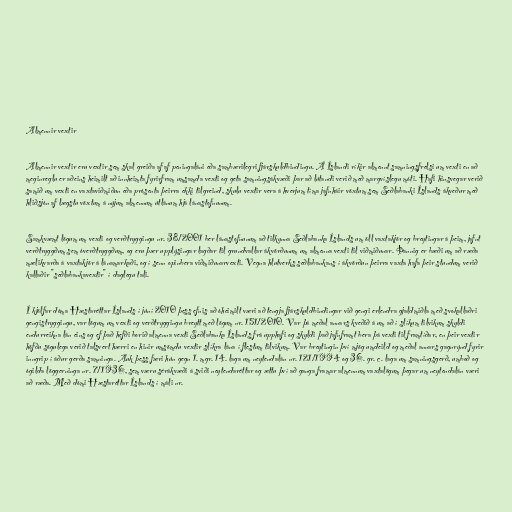
Almennir vextir

Almennir vextir eru vextir sem skal greiða af af peningaláni eða sambærilegri fjárskuldbindingu. Á Íslandi ríkir almennt samningsfrelsi um vexti en að
meginreglu er aðeins heimilt að innheimta fyrirfram umsamda vexti og geta samningsákvæði þar að lútandi verið með margvíslegu móti. Hafi hinsvegar verið
samið um vexti en vaxtaviðmiðun eða prósenta þeirra ekki tilgreind, skulu vextir vera á hverjum tíma jafnháir vöxtum sem Seðlabanki Íslands ákveður með
hliðsjón af lægstu vöxtum á nýjum almennum útlánum hjá lánastofnunum.

Samkvæmt lögum um vexti og verðtryggingu nr. 38/2001 ber lánastofnunum að tilkynna Seðlabanka Íslands um öll vaxtakjör og breytingar á þeim, jafnt
verðtryggðum sem óverðtryggðum, og eru þær upplýsingar lagðar til grundvallar ákvörðunum um almenna vexti til viðmiðunar. Þannig er bæði um að ræða
mælikvarða á vaxtakjör á lánamarkaði, og í senn opinbera viðmiðunarvexti. Vegna hlutverks seðlabankans í ákvörðun þeirra vaxta hafa þeir stundum verið
kallaðir "seðlabankavextir" í daglegu tali.

Í kjölfar dóma Hæstaréttar Íslands í júní 2010 þess efnis að óheimilt væri að tengja fjárskuldbindingar við gengi erlendra gjaldmiðla með svokallaðri
gengistryggingu, var lögum um vexti og verðtryggingu breytt með lögum nr. 151/2010. Var þá meðal annars kveðið á um að í slíkum tilvikum skyldi
endurreikna lán eins og ef það hefði borið almenna vexti Seðlabanka Íslands frá upphafi og skyldi það jafnframt bera þá vexti til framtíðar, en þeir vextir
höfðu sögulega verið talsvert hærri en hinir umsömdu vextir slíkra lána í flestum tilvikum. Var breytingin því mjög umdeild og meðal annars gagnrýnd fyrir
inngrip í áður gerða samninga. Auk þess færi hún gegn 1. mgr. 14. laga um neytendalán nr. 121/1994 og 36. gr. c. laga um samningsgerð, umboð og
ógilda löggerninga nr. 7/1936, sem væru sérákvæði á sviði neytendaréttar og ættu því að ganga framar almennum vaxtalögum þegar um neytendalán væri
að ræða. Með dómi Hæstaréttar Íslands í máli nr.